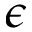
\epsilon